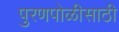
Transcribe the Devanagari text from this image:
पुरणपोळीसाठी